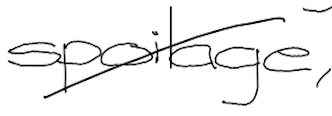
Text: spoilage,
Cross-out: diagonal
Writing tool: digital_black